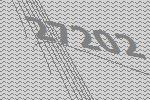
27202